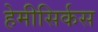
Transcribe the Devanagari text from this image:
हेमीसिर्कस